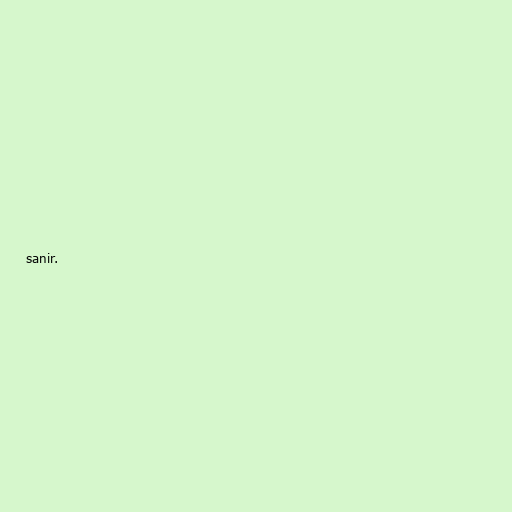
sanir.